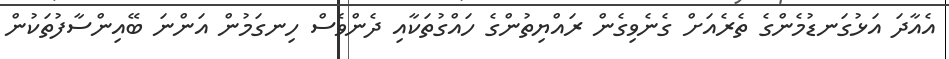
އެއާދަ އަޅުގަނޑުމެންގެ ތެރެއަށް ގެނެވިގެން ރައްޔިތުންގެ ހައްގުތަކާއި ދެންވެސް ހިނގަމުން އަންނަ ބޭއިންސާފުތަކުން